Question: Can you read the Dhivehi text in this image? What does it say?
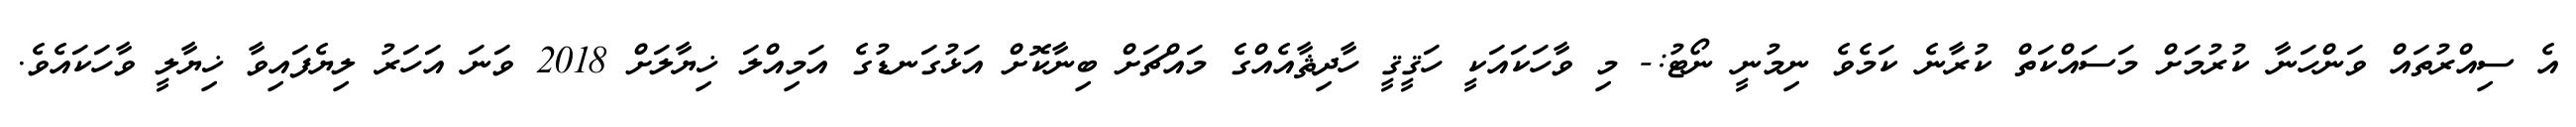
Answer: އެ ސިއްރުތައް ވަންހަނާ ކުރުމަށް މަސައްކަތް ކުރާނެ ކަމެވެ ނިމުނީ ނޯޓު:- މި ވާހަކައަކީ ހަޤީޤީ ހާދިޘާއެއްގެ މައްޗަށް ބިނާކޮށް އަޅުގަނޑުގެ އަމިއްލަ ޚިޔާލަށް 2018 ވަނަ އަހަރު ލިޔެފައިވާ ޚިޔާލީ ވާހަކައެވެ.